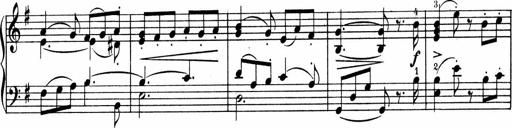
Title: 3 Sonatinen fÃ¼r Pianoforte
Composer: Fritz von Bose